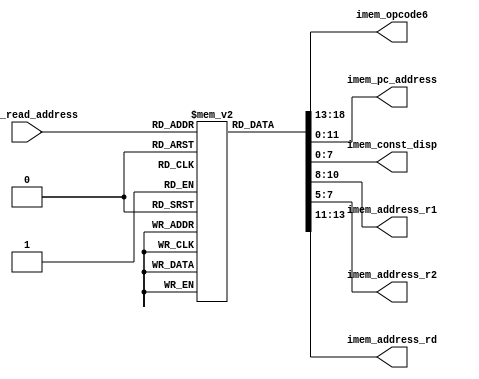
`timescale 1ps/1ps
module imem(imem_read_address, imem_opcode6, imem_pc_address, imem_const_disp, 
            imem_address_r1, imem_address_r2, imem_address_rd);
  
parameter imem_size = 4096;
parameter d_width   = 12;
parameter opcode6_width = 6;
parameter pc_address_width = 12;
parameter const_disp_width = 8;
parameter address_r1_r2_rd_width = 3;

//input       clk;
//input						reset;
input  [d_width-1:0] imem_read_address; // from Program counter

output [opcode6_width-1:0] imem_opcode6;
output [pc_address_width-1:0] imem_pc_address;
output [const_disp_width-1:0] imem_const_disp;
output [address_r1_r2_rd_width-1:0] imem_address_r1;
output [address_r1_r2_rd_width-1:0] imem_address_r2;
output [address_r1_r2_rd_width-1:0] imem_address_rd;
  
wire [opcode6_width-1:0] imem_opcode6;
wire [pc_address_width-1:0] imem_pc_address;
wire [const_disp_width-1:0] imem_const_disp;
wire [address_r1_r2_rd_width-1:0] imem_address_r1;
wire [address_r1_r2_rd_width-1:0] imem_address_r2;
wire [address_r1_r2_rd_width-1:0] imem_address_rd;

wire    [d_width+6:0] imem_instruction;
reg     [d_width+6:0] imem[0:imem_size];

  
//initial $readmemb("memory.txt", imem);
  initial begin // TEST
     imem[0] = 19'b1110000000000010000;	//jmp	16
	  
     imem[1] = 19'b1001011100000000000;	//inp	r7, 0(r0)
     imem[2] = 19'b1000011000000000000;  	//ldm	r6, 0(r0)
     imem[3] = 19'b1000111111000000001;  	//stm	r7, 1(r6)
     imem[4] = 19'b0100111011000000001; 	//add	r6, r6, 1
     imem[5] = 19'b1000111000000000000;	//stm	r6, 0(r0)
     imem[6] = 19'b1111010000000000000;	//reti
     
     imem[16] = 19'b1111100000000000000;	//enai
     
     imem[17] = 19'b1000001100000000000; 	//ldm	r3, 0(r0)
     imem[18] = 19'b0001001101101000000;	//sub	r3, r3, r2
     imem[19] = 19'b1010000000011111101;	//bz	-3
     
     imem[20] = 19'b1000001101000000001;	//ldm	r3, 1(r2)
     imem[21] = 19'b1001101100000001111; 	//out	r3, 15(r0)
     imem[22] = 19'b0100001001000000001;	//add	r2, r2, 1
     imem[23] = 19'b1110000000000010001;	//jmp	17
  end

//  initial begin //TEST 1A PASS
//     imem[0] = 19'b1110000000000010000;	 	//jmp	16
//     imem[1] = 19'b1111010000000000000;  	//reti
//     
//     imem[16] = 19'b1111100000000000000;	//enai
//     imem[17] = 19'b0100000100000001010;  	//add	r1, r0, 10
//     imem[18] = 19'b1000100100000000000;	//stm	r1, 0(r0)
//     imem[19] = 19'b0101000100100000001;	//sub	r1, r1, 1
//     imem[20] = 19'b1010100000011111101;	//bnz	-3
//     imem[21] = 19'b1110000000000010101;	//jmp	21
//  end

//  initial begin // TEST1B PASS
//     imem[0] = 19'b1110000000000010000;	 	//jmp	16
//     imem[1] = 19'b1000011101000000000;	 	//ldm	r7, 0(r2)
//     imem[2] = 19'b0101011111100000001;	 	//sub	r7, r7, 1
//     imem[3] = 19'b1000111101000000000;	 	//stm	r7, 0(r2)
//     imem[4] = 19'b1111010000000000000;	 	//reti
//
//     
//     imem[16] = 19'b1111110000000000000;	//disi
//     
//     imem[17] = 19'b0100001000000010000;	//add	r2, r0, 16
//     imem[18] = 19'b0100000100000001010;	//add	r1, r0, 10
//     imem[19] = 19'b1000100101000000000;	//stm	r1, 0(r2)
//     imem[20] = 19'b1111100000000000000;	//enai
//     
//     imem[21] = 19'b1000000101000000000; 	//ldm	r1, 0(r2)
//     imem[22] = 19'b0100000100100000000;	//add	r1, r1, r0
//     imem[23] = 19'b1010100000011111101;	//bnz	-3
//     imem[24] = 19'b1110000000000011000;	//jmp	24
//  end

//  initial begin // TEST2 //PASS
//     imem[0]  = 19'b1110000000000010000;	//jmp	16
//
//     imem[1]  = 19'b1111010000000000000;	//reti
//     
//     imem[16] = 19'b1111110000000000000;	//disi
//     
//     imem[17] = 19'b0100100100001111111;	//addc r1, r0, 127
//     imem[18] = 19'b0100101000110000000;	//addc r2, r1, 128
//     imem[19] = 19'b0100101101000000001;	//addc r3, r2, 1
//     imem[20] = 19'b0101110001100000001;	//subc r4, r3, 1
//     imem[21] = 19'b0101110110010000000;	//subc r5, r4, 128
//     imem[22] = 19'b0101111010101111101;	//subc r6, r5, 125
//     imem[23] = 19'b1110000000000010111;	//jmp 23
//
//	end

//  initial begin // TEST3 //PASS
//     imem[0]  = 19'b1110000000000010000;	//jmp	16
//
//     imem[1]  = 19'b1111010000000000000;	//reti
//     
//     imem[16] = 19'b1111110000000000000;	//disi
//     
//     imem[17] = 19'b0100000100000000001;	//add r1, r0, 1
//     imem[18] = 19'b0100001000000000100;	//add r2, r0, 4
//     imem[19] = 19'b0100001100000010000;	//add r3, r0, 16
//     imem[20] = 19'b0100010000001000000;	//add r4, r0, 64
//     imem[21] = 19'b0000010100000000000;	//add r5, r0, r0
//     imem[22] = 19'b0010110110100100000;	//or  r5, r5, r1
//     imem[23] = 19'b0010110110101000000;  //or  r5, r5, r2
//     imem[24] = 19'b0010110110101100000;	//or  r5, r5, r3
//     imem[25] = 19'b0010110110110000000;  //or  r5, r5, r4
//     
//     imem[26] = 19'b1100000100100100000;  //shl r1, r1, 1
//     imem[27] = 19'b1100001001000100000;  //shl r2, r2, 1
//     imem[28] = 19'b1100001101100100000;  //shl r3, r3, 1
//     imem[29] = 19'b1100010010000100000;	//shl r4, r4, 1
//     imem[30] = 19'b0010110110100100000;	//or  r5, r5, r1
//     imem[31] = 19'b0010110110101000000;	//or  r5, r5, r2
//     imem[32] = 19'b0010110110101100000;	//or  r5, r5, r3
//     imem[33] = 19'b0010110110110000000;	//or  r5, r5, r4
//                    
//     imem[34] = 19'b1101100100100100011;	//ror r1, r1, 1
//     imem[35] = 19'b1101101001000100011;	//ror r2, r2, 1
//     imem[36] = 19'b1101101101100100011;	//ror r3, r3, 1
//     imem[37] = 19'b1101110010000100011;	//ror r4, r4, 1
//     imem[38] = 19'b0011011010100100000;	//xor r6, r5, r1
//     imem[39] = 19'b0011011011001000000;  //xor r6, r6, r2
//     imem[40] = 19'b0011011011001100000;  //xor r6, r6, r3
//     imem[41] = 19'b0011011011010000000;  //xor r6, r6, r4
//     
//     imem[42] = 19'b0011111110111000000;	//msk r7, r5, r6
//     imem[43] = 19'b0011011111100100000;	//xor r7, r7, r1
//     imem[44] = 19'b0011011111101000000;  //xor r7, r7, r2
//     imem[45] = 19'b0011011111101100000;  //xor r7, r7, r3
//     imem[46] = 19'b0011011111110000000;  //xor r7, r7, r4
//     
//     imem[47] = 19'b1110000000000101111;	//jmp 47
// end

// initial begin // TEST4A //PASS
//     imem[0] = 19'b1110000000000010000;	 //jmp	16
//     
//     imem[1] = 19'b1111010000000000000;	 //reti
//     
//     imem[16] = 19'b1111100000000000000;	//enai
//     imem[17] = 19'b1001100100000001111;	//out	r1, 15(r0)
//     imem[18] = 19'b0100000100100000001;	//add	r1, r1, 1
//     imem[19] = 19'b0101000000100001010;	//sub	r0, r1, 10
//     imem[20] = 19'b1010100000011111100;	//bnz	-4
//     imem[21] = 19'b1110000000000010101;	//jmp	21
// end

//	initial begin // TEST4B
//     imem[0]  = 19'b1110000000000010000;	//jmp	16
//
//     imem[1]  = 19'b1111010000000000000;	//reti
//     
//     imem[2]  = 19'b1000111000011111111;	//stm	r6, 255(r0)
//     imem[3]  = 19'b0000011000000000000;	//add	r6, r0, r0
//     imem[4]  = 19'b0000011100000000000;	//add	r7, r0, r0
//     
//     imem[5]  = 19'b0000000010100000000;	//add	r0, r5, r0
//     imem[6]  = 19'b1010000000000000100;	//bz	4
//     
//     imem[7]  = 19'b0000011111110000000;	//add	r7, r7, r4
//     imem[8]  = 19'b0100111011000000000;	//addc r6, r6, 0
//     imem[9]  = 19'b0101010110100000001;	//sub	r5, r5, 1
//     imem[10] = 19'b1010100000011111100;	//bnz	-4
//     
//     imem[11] = 19'b1000010100011111111;	//ldm	r5, 255(r0)
//     imem[12] = 19'b1000111010100000000;	//stm	r6, 0(r5)
//     imem[13] = 19'b1000111110100000001;	//stm	r7, 1(r5)
//     imem[14] = 19'b1111000000000000000;	//ret
//     
//     imem[16] = 19'b1111110000000000000;	//disi
//     imem[17] = 19'b0100000100000001111;	//add	r1, r0, 15
//     imem[18] = 19'b0100001000000000100;	//add	r2, r0, 4
//     imem[19] = 19'b0100001100000000001;	//add	r3, r0, 1
//     imem[20] = 19'b1000101100000000001;	//stm	r3, 1(r0)
//     imem[21] = 19'b0100001100000000010;	//add	r3, r0, 2
//     imem[22] = 19'b1000101100000000011;	//stm	r3, 3(r0)
//     imem[23] = 19'b0100010000000000011;	//add	r4, r0, 3
//     
//     imem[24] = 19'b0000010101100000000;	//add	r5, r3, r0
//     imem[25] = 19'b0000011001000000000;	//add	r6, r2, r0
//     imem[26] = 19'b1110100000000000010;	//jsb	2
//     imem[27] = 19'b0000001110000000000;	//add	r3, r4, r0
//     imem[28] = 19'b0100010010000000001;	//add	r4, r4, 1
//     imem[29] = 19'b0100001001000000010;	//add	r2, r2, 2
//     imem[30] = 19'b0101000100100000001;	//sub	r1, r1, 1
//     imem[31] = 19'b1010100000011111000;	//bnz	-8
//     
//     imem[32] = 19'b1110000000000100000;	//jmp	32
//	end

assign imem_instruction     = imem[imem_read_address];
assign imem_opcode6         = imem_instruction[18:13];
assign imem_pc_address      = imem_instruction[11:0];
assign imem_const_disp      = imem_instruction[7:0];
assign imem_address_r1      = imem_instruction[10:8];
assign imem_address_r2      = imem_instruction[7:5];
assign imem_address_rd      = imem_instruction[13:11];

endmodule